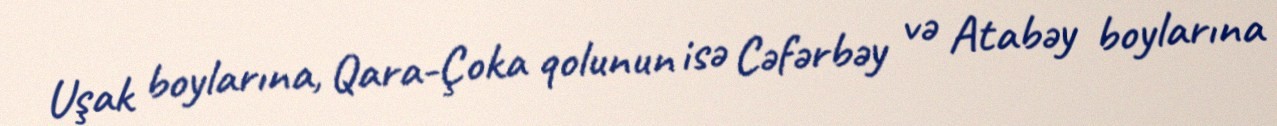
Uşak boylarına, Qara-Çoka qolunun isə Cəfərbəy və Atabəy boylarına